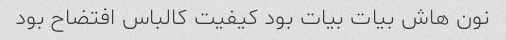
نون هاش بیات بیات بود کیفیت کالباس افتضاح بود